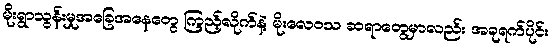
မိုးရွာသွန်းမှုအခြေအနေတွေ ကြည့်လိုက်နဲ့ မိုးလေဝသ ဆရာတွေမှာလည်း အခုရက်ပိုင်း